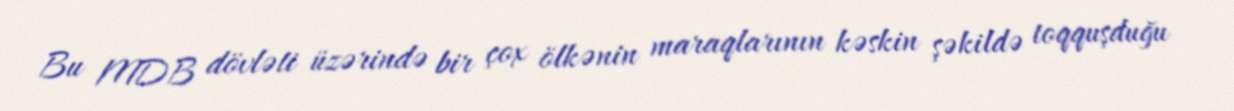
Bu MDB dövləti üzərində bir çox ölkənin maraqlarının kəskin şəkildə toqquşduğu